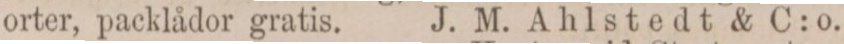
orter, packlådor gratis.    J. M. Ahlstedt & C:o.